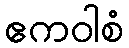
ဧကဝါစံ